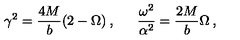
\gamma ^ { 2 } = \frac { 4 M } { b } ( 2 - \Omega ) \: , \: \: \: \: \: \: \: \frac { \omega ^ { 2 } } { \alpha ^ { 2 } } = \frac { 2 M } { b } \Omega \: ,